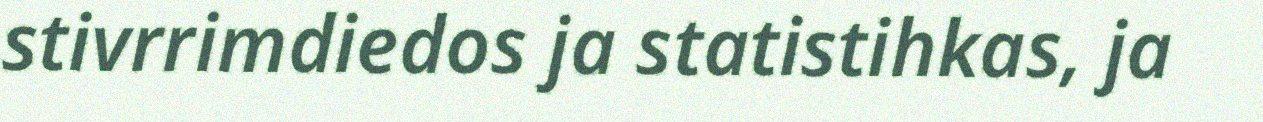
stivrrimdiedos ja statistihkas, ja